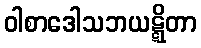
ဝါစာဒေါသဘယဋ္ဋိတာ